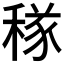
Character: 𥠂